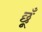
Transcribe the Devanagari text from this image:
छूँ